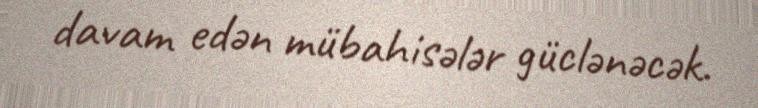
davam edən mübahisələr güclənəcək.